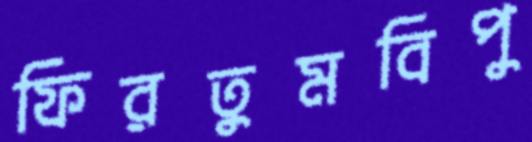
ফিরতুমবিপু